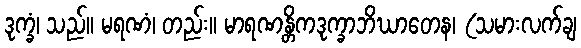
ဒုက္ခံ၊ သည်။ မရဏံ၊ တည်း။ မာရဏန္တိကဒုက္ခာဘိဃာတေန၊ (သမားလက်ချ